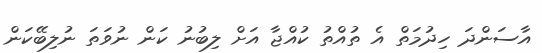
އާސަންދަ ހިދުމަތް އެ ތުއްތު ކުއްޖާ އަށް ލިބުނު ކަން ނުވަތަ ނުލިބޭކަން